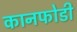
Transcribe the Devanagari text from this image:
कानफोडी